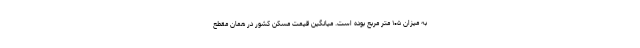
به میزان ۱۰۵ متر مربع بوده است. میانگین قیمت مسکن کشور در همان مقطع